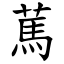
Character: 䔍